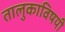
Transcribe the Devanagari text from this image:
तालुकाविषयी